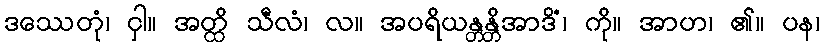
ဒဿေတုံ၊ ငှါ။ အတ္ထိ သီလံ၊ လ။ အပရိယန္တန္တိအာဒိံ၊ ကို။ အာဟ၊ ၏။ ပန၊